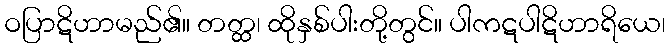
ဝပြာဋိဟာမည်၏။ တတ္ထ၊ ထိုနှစ်ပါးတို့တွင်။ ပါကဋပါဋိဟာရိယေ၊